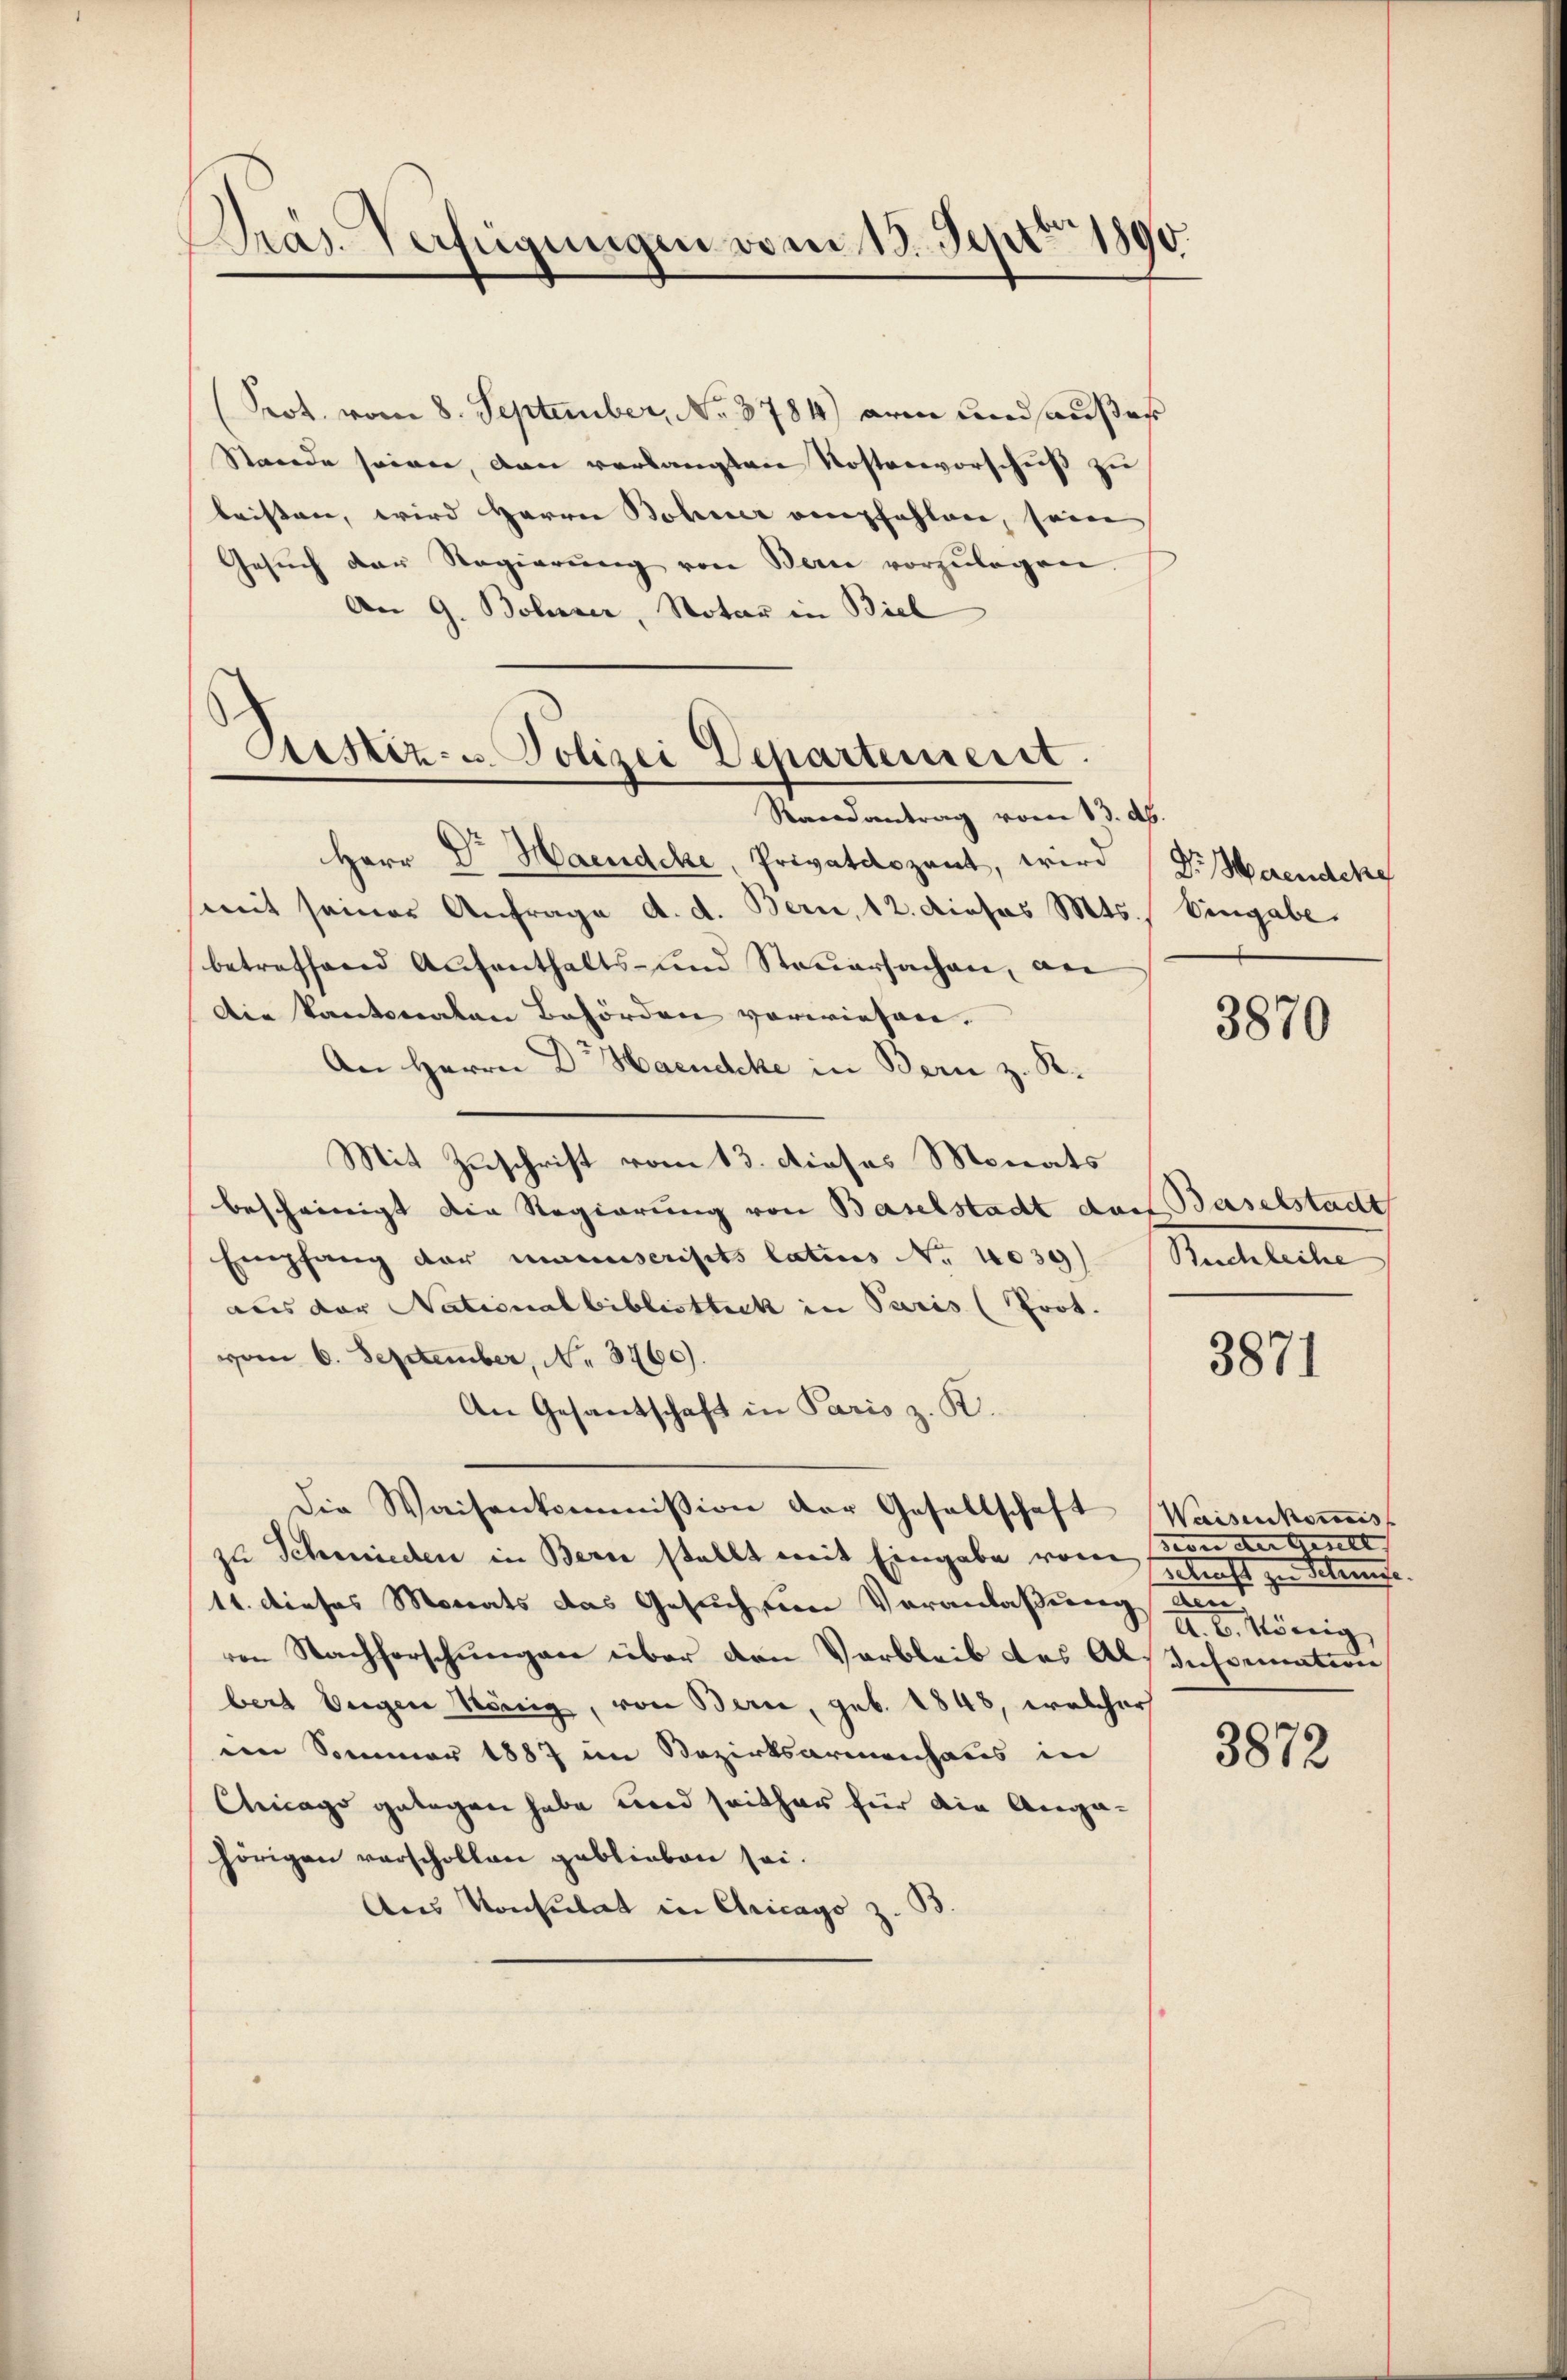
Präs. Verfügungen vom 13. Sept. 1890.

Prot. vom 8. September, No. 3784) arm und außes
Stande seien, dan verlangten Kostenvorschuß zu
leisten, wird Herrn Bohner empfahlene, seine
Gesŭch der Regierŭng von Bern vorzŭlegen
An G. Bolzer, Notar in Biel
Randantrag vom 13. d.
Herr Dr. Haendcke, Privatdozent, wird
mit seiner Anfrage d. d. Bern, 12. dieses Mts. Eingabe.
betreffend Aufenthalts- und Steuersachen, an
Die Kantonalen Behörden vorwiesen.
An Herrn Dr. Haeudeke in Bern z. R.
Mit Zuschrift vom 13. dieses Monats
bescheinigt die Regierung von Baselstadt darf Baselstadt
Empfang der manuscripts latius No 1039)
aus der Nationalbibliotheck in Paris (Prot.
vom 6. September, No. 3760).
An Gesantschaft in Paris z. K.
die Waisenkommission der Gesellschaft Waisenkommiss
zu Schmieden in Bern stellt mit Eingabe von von der Gene
11. dieses Monats das Gesuch um Veranlaßung den,
ren Nachforschungen über den Verbleib des Als sichemation
bert beigen König, von Bern, geb. 1848, welcher
in Sommer 1887 im Bezirksarmenhaus in
Chicago gelegen habe und seither für die Angahörigen vorschollen geblieben sei.
Aus Konsulat in Chicago z. B.

Rustiz- u. Polizei Departement.

Dr Meerendene

3870

Mantelalten

3871

ekunft zu Beleise.
A. B. König

3872